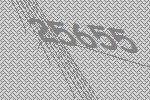
25655